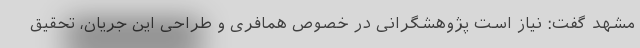
مشهد گفت: نیاز است پژوهشگرانی در خصوص همافری و طراحی این جریان، تحقیق